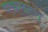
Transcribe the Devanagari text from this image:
पचलहरा